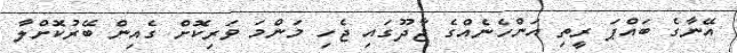
އޭނާގެ ބައްޕަ ރީތި އަންހެނެއްގެ ޖާދޫގައި ޖެހި މަންމަ ވަރިކޮށް ގެއިން ބޭރުކޮށްލާ